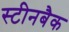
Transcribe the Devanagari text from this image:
स्टीनबैक